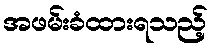
အဖမ်းခံထားရသည့်